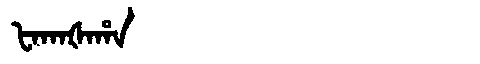
Manchu: ᡶᠠᡴᠠᡧᠠᡥᠠ
Romanization: FAKAŠAHA